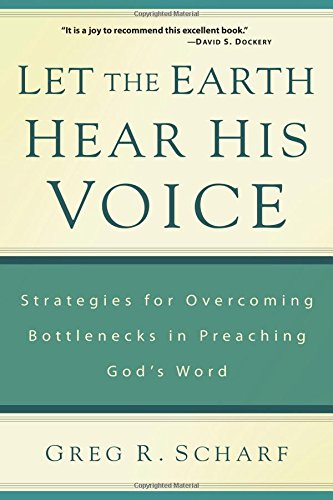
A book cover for Let the Earth Hear His Voice: Strategies for Overcoming Bottlenecks in Preaching God's Word; Greg R. Scharf; Christian Books & Bibles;